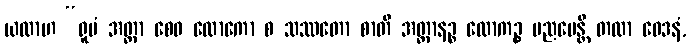
ယထာဟ “ရူပံ အတ္တာ စေဝ လောကော စ သဿတော စာတိ အတ္တာနဉ္စ လောကဉ္စ ပညပေန္တိ တထာ ဝေဒနံ,